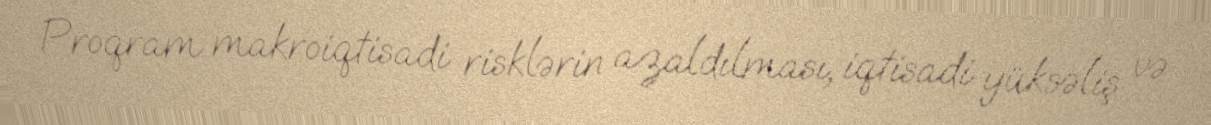
Proqram makroiqtisadi risklərin azaldılması, iqtisadi yüksəliş və